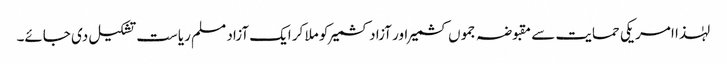
لہٰذا امریکی حمایت سے مقبوضہ جموں کشمیر اور آزاد کشمیر کو ملا کر ایک آزاد مسلم ریاست تشکیل دی جائے۔